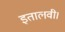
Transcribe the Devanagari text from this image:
इतालवी।